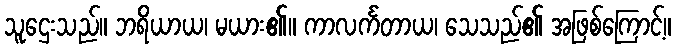
သူဌေးသည်။ ဘရိယာယ၊ မယား၏။ ကာလင်္ကတာယ၊ သေသည်၏ အဖြစ်ကြောင့်။